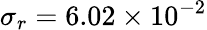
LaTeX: \sigma_{r}=6.02\times 10^{-2}